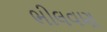
ભીલવણ